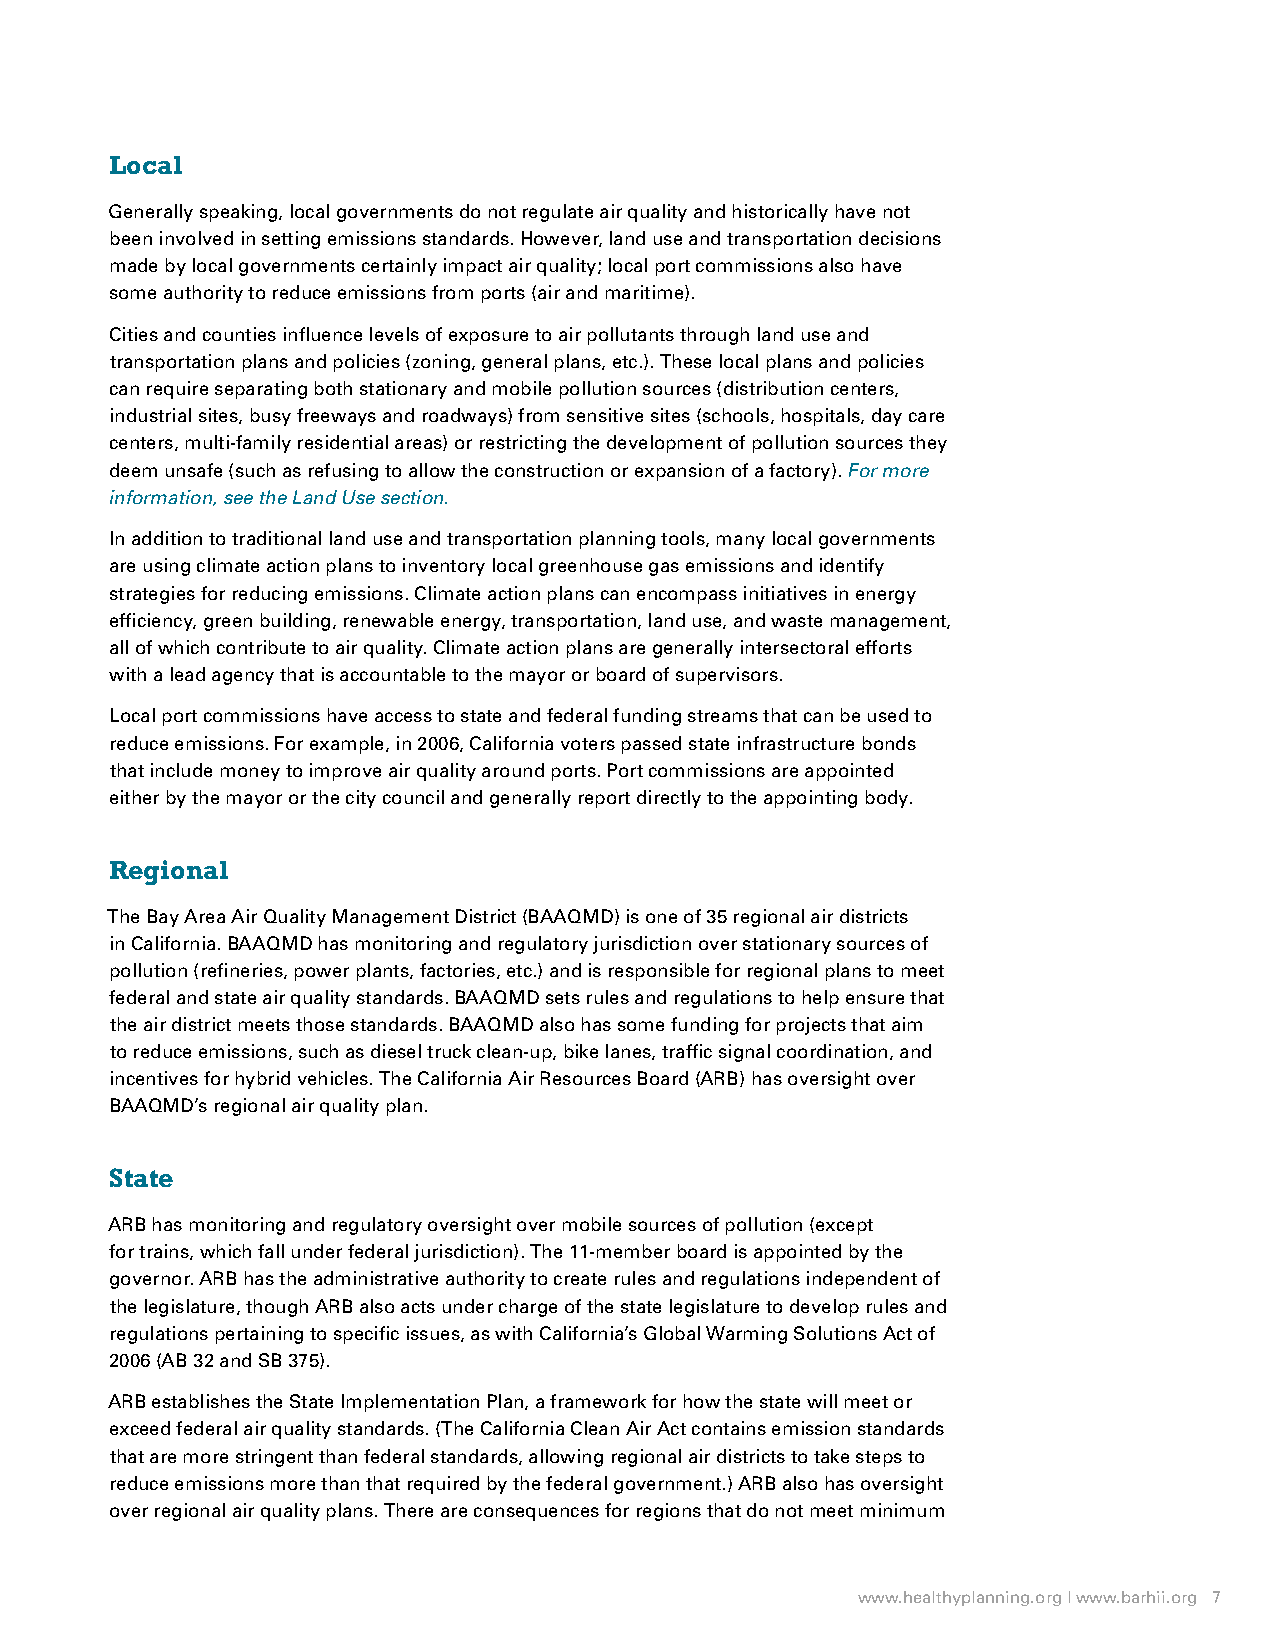
Local
 Generally speaking, local governments do not regulate air quality and historically have not
 been involved in setting emissions standards. However, land use and transportation decisions
 made by local governments certainly impact air quality; local port commissions also have
 some authority to reduce emissions from ports (air and maritime).
 Cities and counties influence levels of exposure to air pollutants through land use and
 transportation plans and policies (zoning, general plans, etc.). These local plans and policies
 can require separating both stationary and mobile pollution sources (distribution centers,
 industrial sites, busy freeways and roadways) from sensitive sites (schools, hospitals, day care
 centers, multi-family residential areas) or restricting the development of pollution sources they
 deem unsafe (such as refusing to allow the construction or expansion of a factory). For more
 information, see the Land Use section.
 In addition to traditional land use and transportation planning tools, many local governments
 are using climate action plans to inventory local greenhouse gas emissions and identify
 strategies for reducing emissions. Climate action plans can encompass initiatives in energy
 efficiency, green building, renewable energy, transportation, land use, and waste management,
 all of which contribute to air quality. Climate action plans are generally intersectoral efforts
 with a lead agency that is accountable to the mayor or board of supervisors.
 Local port commissions have access to state and federal funding streams that can be used to
 reduce emissions. For example, in 2006, California voters passed state infrastructure bonds
 that include money to improve air quality around ports. Port commissions are appointed
 either by the mayor or the city council and generally report directly to the appointing body.
 Regional
 The Bay Area Air Quality Management District (BAAQMD) is one of 35 regional air districts
 in California. BAAQMD has monitoring and regulatory jurisdiction over stationary sources of
 pollution (refineries, power plants, factories, etc.) and is responsible for regional plans to meet
 federal and state air quality standards. BAAQMD sets rules and regulations to help ensure that
 the air district meets those standards. BAAQMD also has some funding for projects that aim
 to reduce emissions, such as diesel truck clean-up, bike lanes, traffic signal coordination, and
 incentives for hybrid vehicles. The California Air Resources Board (ARB) has oversight over
 BAAQMD’s regional air quality plan.
 State
 ARB has monitoring and regulatory oversight over mobile sources of pollution (except
 for trains, which fall under federal jurisdiction). The 11-member board is appointed by the
 governor. ARB has the administrative authority to create rules and regulations independent of
 the legislature, though ARB also acts under charge of the state legislature to develop rules and
 regulations pertaining to specific issues, as with California’s Global Warming Solutions Act of
 2006 (AB 32 and SB 375).
 ARB establishes the State Implementation Plan, a framework for how the state will meet or
 exceed federal air quality standards. (The California Clean Air Act contains emission standards
 that are more stringent than federal standards, allowing regional air districts to take steps to
 reduce emissions more than that required by the federal government.) ARB also has oversight
 over regional air quality plans. There are consequences for regions that do not meet minimum
 www.healthyplanning.org | www.barhii.org 7
 notliH
 moT
 yb
 otohP